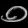
Digit: ၀